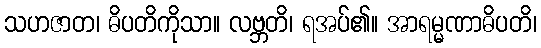
သဟဇာတ၊ ဓိပတိကိုသာ။ လဗ္ဘတိ၊ ရအပ်၏။ အာရမ္မဏာဓိပတိ၊